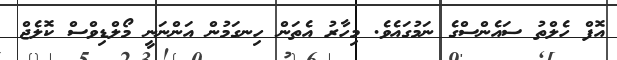
އޮފް ހެލްތު ސައެންސްގެ ނަމުގައެވެ. މިހާރު އެތަން ހިނގަމުން އަންނަނީ މޯލްޑިވްސް ކޮލެޖް